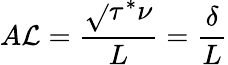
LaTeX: A\mathcal{L}=\frac{{\sqrt{}{{\tau^{*}\nu}}}}{{L}}=\frac{{\delta}}{{L}}